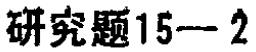
研究题15—2